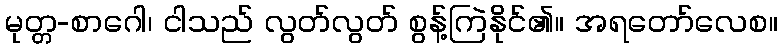
မုတ္တ-စာဂေါ၊ ငါသည် လွတ်လွတ် စွန့်ကြဲနိုင်၏။ အရတော်လေစ။